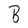
Character: B